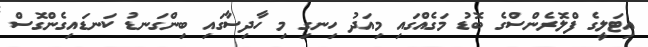
އިޓަލީީގެ ފްލޮރެންސްގެ ބޮޑު މަގެއްގައި މިއަދު ހިނގި މި ހާދިސާގައި ބިންގަނޑު ކަނޑައިގެންގޮސް